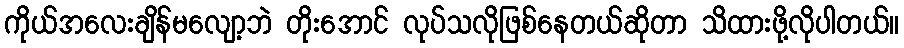
ကိုယ်အလေးချိန်မလျော့ဘဲ တိုးအောင် လုပ်သလိုဖြစ်နေတယ်ဆိုတာ သိထားဖို့လိုပါတယ်။